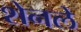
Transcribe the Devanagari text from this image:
शेनले